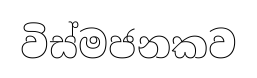
විස්මජනකව